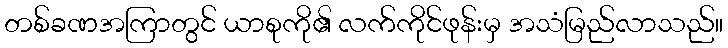
တစ်ခဏအကြာတွင် ယာစုကို၏ လက်ကိုင်ဖုန်းမှ အသံမြည်လာသည်။